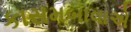
કાસમબાવાએ